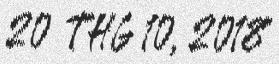
20 THG 10, 2018